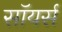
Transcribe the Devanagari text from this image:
सॉयर्स